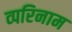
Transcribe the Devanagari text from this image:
व्परिनाम